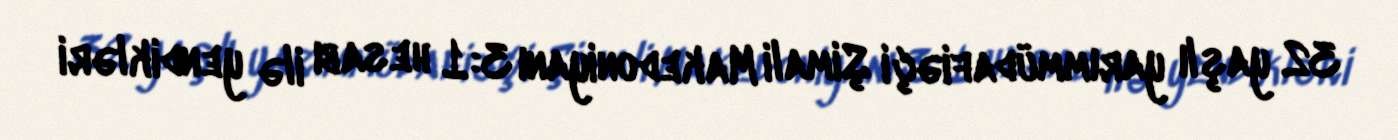
32 yaşlı yarımmüdafiəçi Şimali Makedoniyanı 3:1 hesabı ilə yendikləri